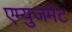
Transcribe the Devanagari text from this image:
एम्‍युजमेंट